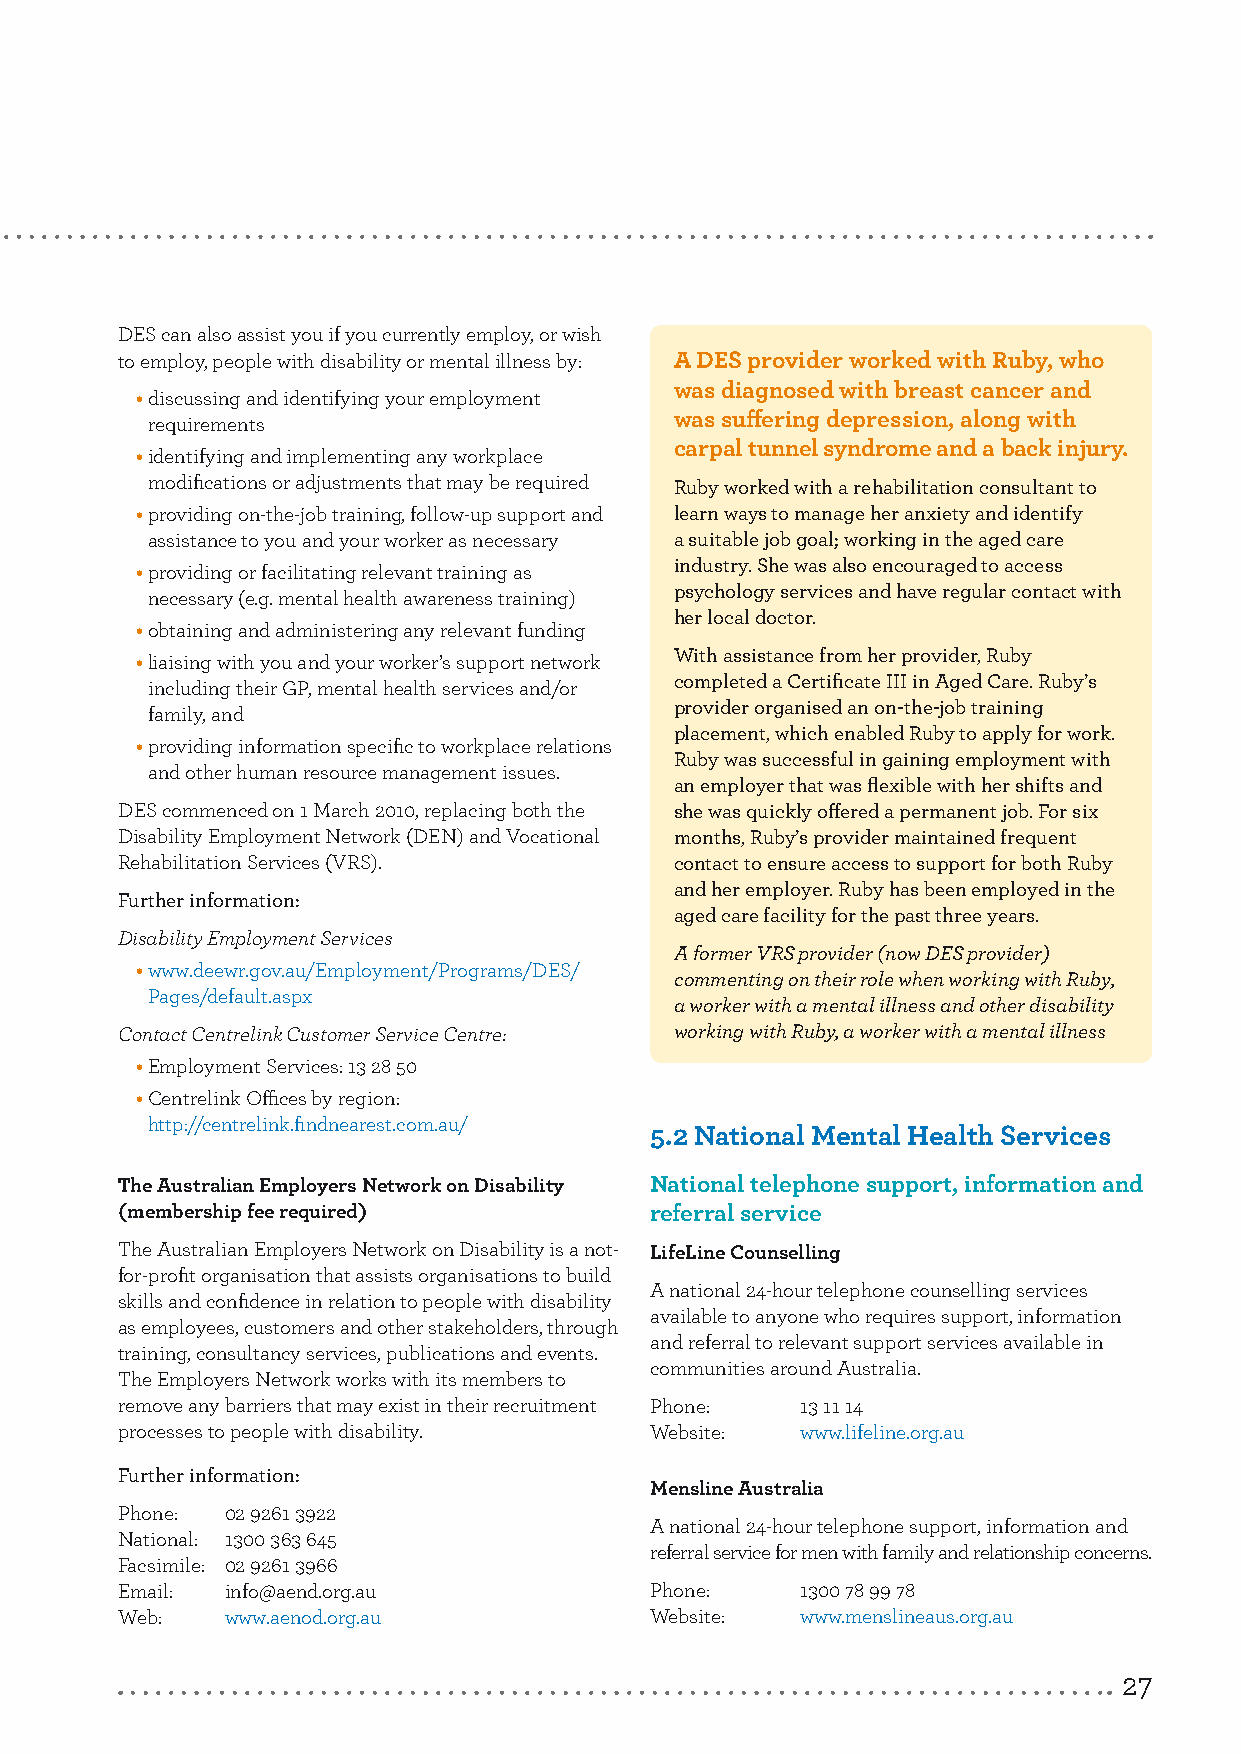
5.
 Where to get
 assistance
 DES can also assist you if you currently employ, or wish
 to employ, people with disability or mental illness by: A DES provider worked with Ruby, who
 was diagnosed with breast cancer and
 • discussing and identifying your employment
 requirements                       was suffering depression, along with
 carpal tunnel syndrome and a back injury.
 • identifying and implementing any workplace
 modifications or adjustments that may be required Ruby worked with a rehabilitation consultant to
 • providing on-the-job training, follow-up support and learn ways to manage her anxiety and identify
 assistance to you and your worker as necessary a suitable job goal; working in the aged care
 industry. She was also encouraged to access
 • providing or facilitating relevant training as
 psychology services and have regular contact with
 necessary (e.g. mental health awareness training)
 her local doctor.
 • obtaining and administering any relevant funding
 With assistance from her provider, Ruby
 • liaising with you and your worker’s support network
 completed a Certificate III in Aged Care. Ruby’s
 including their GP, mental health services and/or
 provider organised an on-the-job training
 family, and
 placement, which enabled Ruby to apply for work.
 • providing information specific to workplace relations
 Ruby was successful in gaining employment with
 and other human resource management issues.
 an employer that was flexible with her shifts and
 DES commenced on 1 March 2010, replacing both the she was quickly offered a permanent job. For six
 Disability Employment Network (DEN) and Vocational months, Ruby’s provider maintained frequent
 Rehabilitation Services (VRS).       contact to ensure access to support for both Ruby
 and her employer. Ruby has been employed in the
 Further information:
 aged care facility for the past three years.
 Disability Employment Services
 A former VRS provider (now DES provider)
 • www.deewr.gov.au/Employment/Programs/DES/
 commenting on their role when working with Ruby,
 Pages/default.aspx
 a worker with a mental illness and other disability
 Contact Centrelink Customer Service Centre: working with Ruby, a worker with a mental illness
 • Employment Services: 13 28 50
 • Centrelink Offices by region:
 http://centrelink.findnearest.com.au/
 5.2 National Mental Health Services
 The Australian Employers Network on Disability National telephone support, information and
 (membership fee required)          referral service
 The Australian Employers Network on Disability is a not- LifeLine Counselling
 for-profit organisation that assists organisations to build
 A national 24-hour telephone counselling services
 skills and confidence in relation to people with disability
 available to anyone who requires support, information
 as employees, customers and other stakeholders, through
 and referral to relevant support services available in
 training, consultancy services, publications and events.
 communities around Australia.
 The Employers Network works with its members to
 remove any barriers that may exist in their recruitment Phone: 13 11 14
 processes to people with disability. Website: www.lifeline.org.au
 Further information:
 Mensline Australia
 Phone: 02 9261 3922
 A national 24-hour telephone support, information and
 National: 1300 363 645
 referral service for men with family and relationship concerns.
 Facsimile: 02 9261 3966
 Email: info@aend.org.au            Phone:    1300 78 99 78
 Web:   www.aenod.org.au            Website:  www.menslineaus.org.au
 27